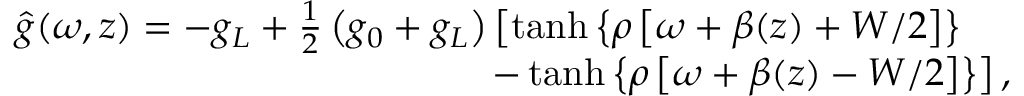
\begin{array} { r l r } & { } & { \hat { g } ( \omega , z ) = - g _ { L } + \frac { 1 } { 2 } \left( g _ { 0 } + g _ { L } \right) \left[ \operatorname { t a n h } \left\lbrace \rho \left[ \omega + \beta ( z ) + W / 2 \right] \right\rbrace \right. } \\ & { } & { \left. - \operatorname { t a n h } \left\lbrace \rho \left[ \omega + \beta ( z ) - W / 2 \right] \right\rbrace \right] , \! \! \! \! \! \! \! } \end{array}